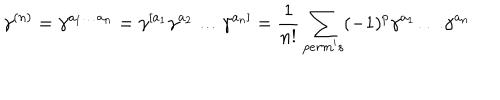
\gamma ^ { ( n ) } = \gamma ^ { a _ { 1 } \ldots a _ { n } } = \gamma ^ { [ a _ { 1 } } \gamma ^ { a _ { 2 } } \ldots \gamma ^ { a _ { n } ] } = \frac { 1 } { n ! } \sum _ { p e r m ^ { \prime } s } ( - 1 ) ^ { p } \gamma ^ { a _ { 1 } } \ldots \gamma ^ { a _ { n } }